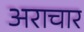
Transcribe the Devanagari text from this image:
अराचार